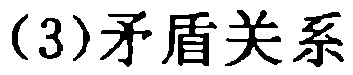
(3)矛盾关系